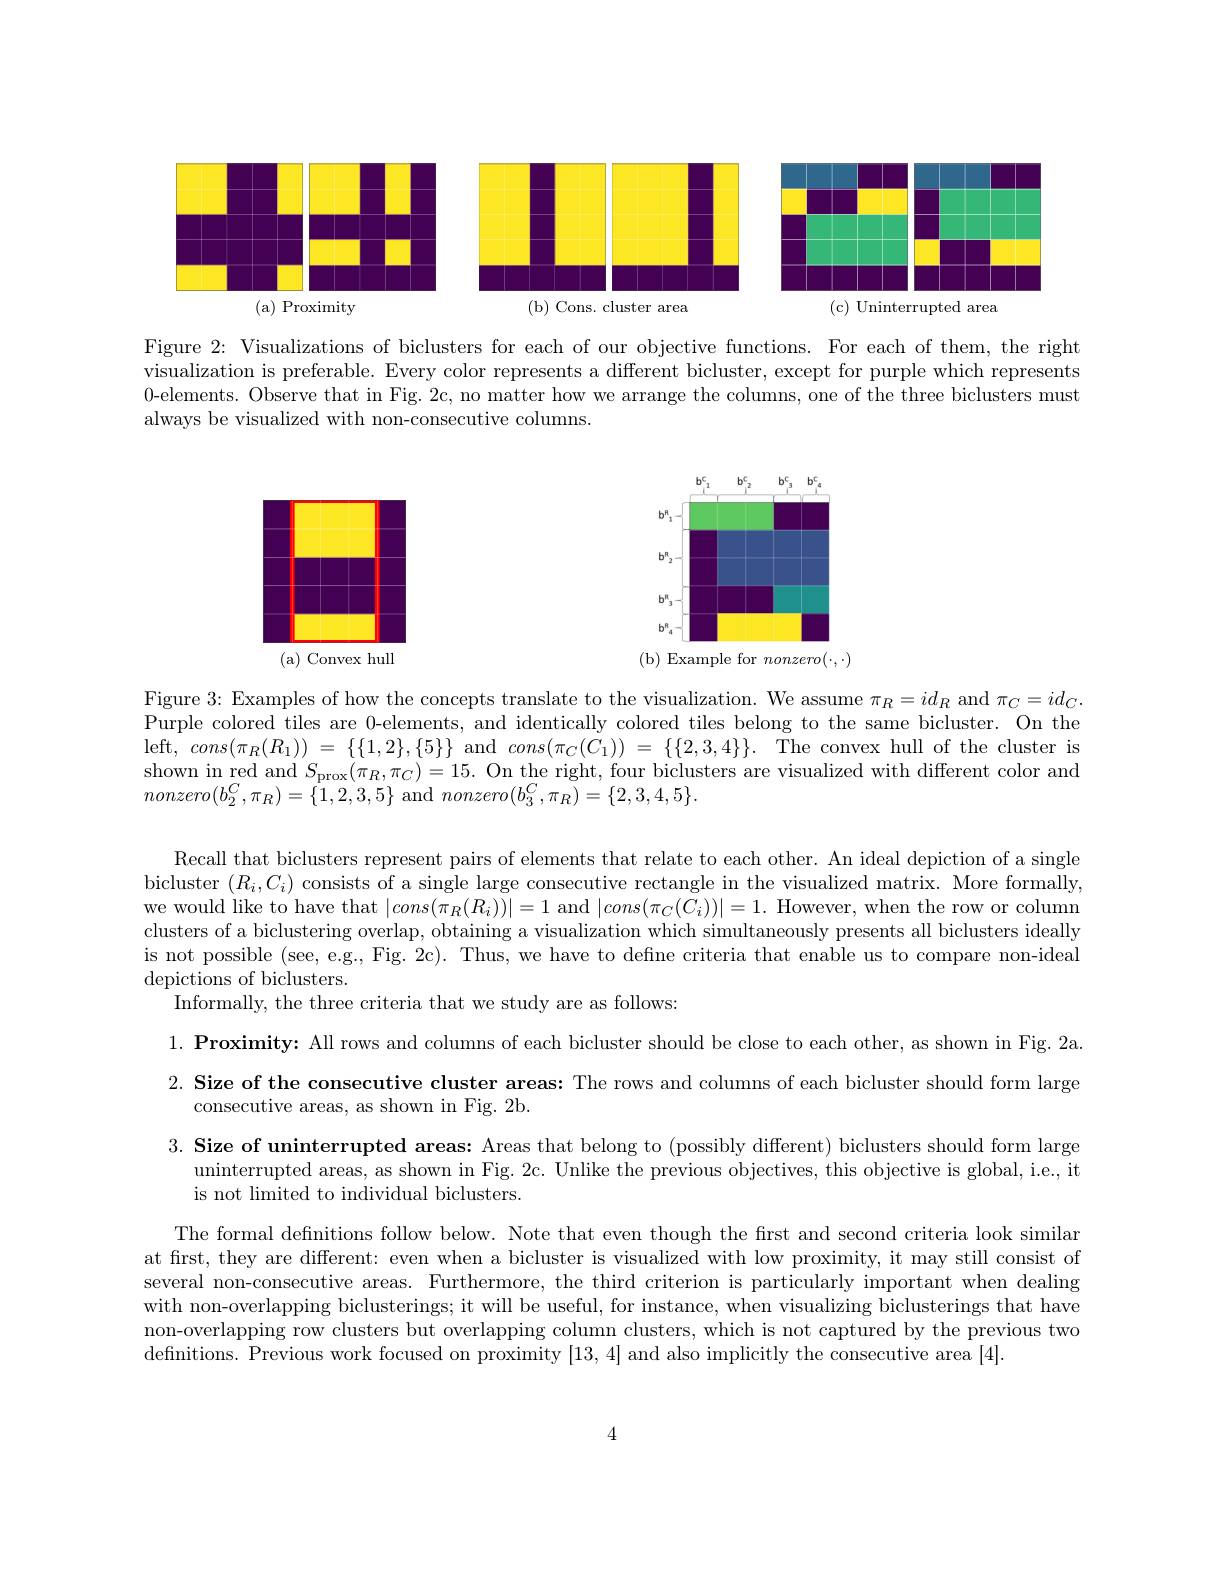
<FigureHere>

Figure 2: Visualizations of biclusters for each of our objective functions. For each of them, the right visualization is preferable. Every color represents a different bicluster, except for purple which represents 0-elements. Observe that in Fig. 2c, no matter how we arrange the columns, one of the three biclusters must always be visualized with non-consecutive columns.

<FigureHere>
(b) Example for $nonzero(\cdot,\cdot)$

<FigureHere>

Figure 3: Examples of how the concepts translate to the visualization. We assume $\pi_R=id_R$ and $\pi_C=id_C.$ Purple colored tiles are 0-elements, and identically colored tiles belong to the same bicluster. On the $\operatorname* { left, }$ $cons( \pi _{R}( R_{1}) )$ = $\{ \{ 1, 2\} , \{ 5\} \}$ and $cons( \pi _{C}( C_{1}) )$ = $\{ \{ 2, 3, 4\} \} .$ The convex hull of the cluster is shown in red and $S_{\mathrm{prox}}(\pi_R,\pi_C)=15.$ On the right, four biclusters are visualized with different color and $nonzero(b_{2}^{C},\pi_{R})=\{1,2,3,5\}$ and $nonzero(b_{3}^{C},\pi_{R})=\{2,3,4,5\}.$

Recall that biclusters represent pairs of elements that relate to each other. An ideal depiction of a single bicluster $(R_{i},C_{i})$ consists of a single large consecutive rectangle in the visualized matrix. More formally, we would like to have that $|cons(\pi_R(R_i))|=1$ and $|cons(\pi_C(C_i))|=1.$ However, when the row or column clusters of a biclustering overlap, obtaining a visualization which simultaneously presents all biclusters ideally is not possible (see, e.g., Fig. 2c). Thus, we have to defne criteria that enable us to compare non-ideal depictions of biclusters.
Informally, the three criteria that we study are as follows:

$1. \textbf{ Proximity: All rows and columns of each bicluster should be close to each other, as shown in Fig. 2a. }$ 2. Size of the consecutive cluster areas: The rows and columns of each bicluster should form large
consecutive areas, as shown in Fig. 2b.
3. Size of uninterrupted areas: Areas that belong to (possibly different) biclusters should form large

uninterrupted areas, as shown in Fig. 2c. Unlike the previous objectives, this objective is global, i.e., it
is not limited to individual biclusters.
The formal definitions follow below. Note that even though the first and second criteria look similar at first, they are different: even when a bicluster is visualized with low proximity, it may still consist of several non-consecutive areas. Furthermore, the third criterion is particularly important when dealing with non-overlapping biclusterings; it will be useful, for instance, when visualizing biclusterings that have non-overlapping row clusters but overlapping column clusters, which is not captured by the previous two definitions. Previous work focused on proximity [13,4] and also implicitly the consecutive area [4].

4